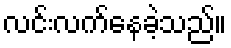
လင်းလက်နေခဲ့သည်။